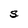
Character: S